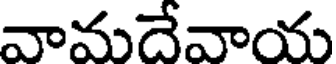
వామదేవాయ